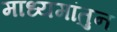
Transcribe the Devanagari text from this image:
माध्यमांतुन